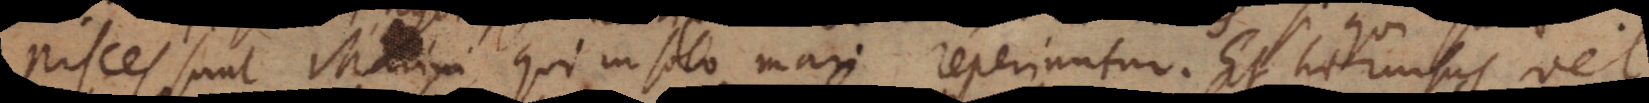
Pisces sunt Marini, qui in solo mari reperiuntur. E